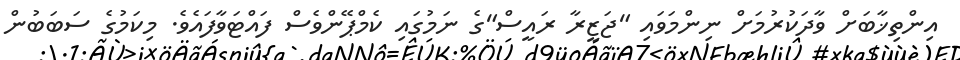
އިންތިޚާބަށް ވާދަކުރުމަށް ނިންމަވައި "ޖަޒީރާ ރައީސް"ގެ ނަމުގައި ކެމްޕޭންވެސް ފައްޓަވާފައެވެ. މިކަމުގެ ސަބަބުން